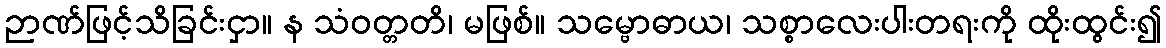
ဉာဏ်ဖြင့်သိခြင်းငှာ။ န သံဝတ္တတိ၊ မဖြစ်။ သမ္ဗောဓာယ၊ သစ္စာလေးပါးတရးကို ထိုးထွင်း၍